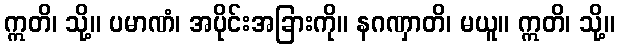
ဣတိ၊ သို့။ ပမာဏံ၊ အပိုင်းအခြားကို။ နဂဏှာတိ၊ မယူ။ ဣတိ၊ သို့။